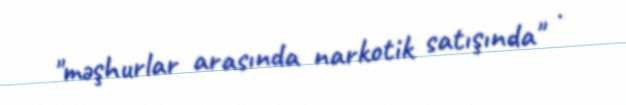
"məşhurlar arasında narkotik satışında" .